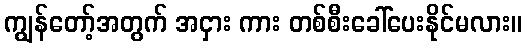
ကျွန်တော့်အတွက် အငှား ကား တစ်စီးခေါ်ပေးနိုင်မလား။